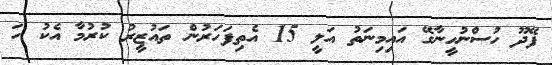
ފޭދޫ ހުސްނުހީނާގޭ އައިމިނަތު އަލީ 15 އެތިފަހަރުން ތައުޒީރު ކުރުމާ އެކު ހަ